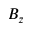
B _ { z }